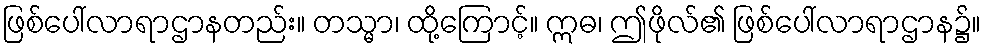
ဖြစ်ပေါ်လာရာဌာနတည်း။ တသ္မာ၊ ထို့ကြောင့်။ ဣဓ၊ ဤဖိုလ်၏ ဖြစ်ပေါ်လာရာဌာန၌။